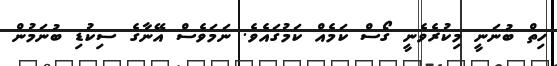
ހިތް ބުނަނީ މިކުރެވެނީ ގޯސް ކަމެއް ކަމުގައެވެ. ނަމަވެސް އޭނާގެ ސިކުޑި ބުނަމުން